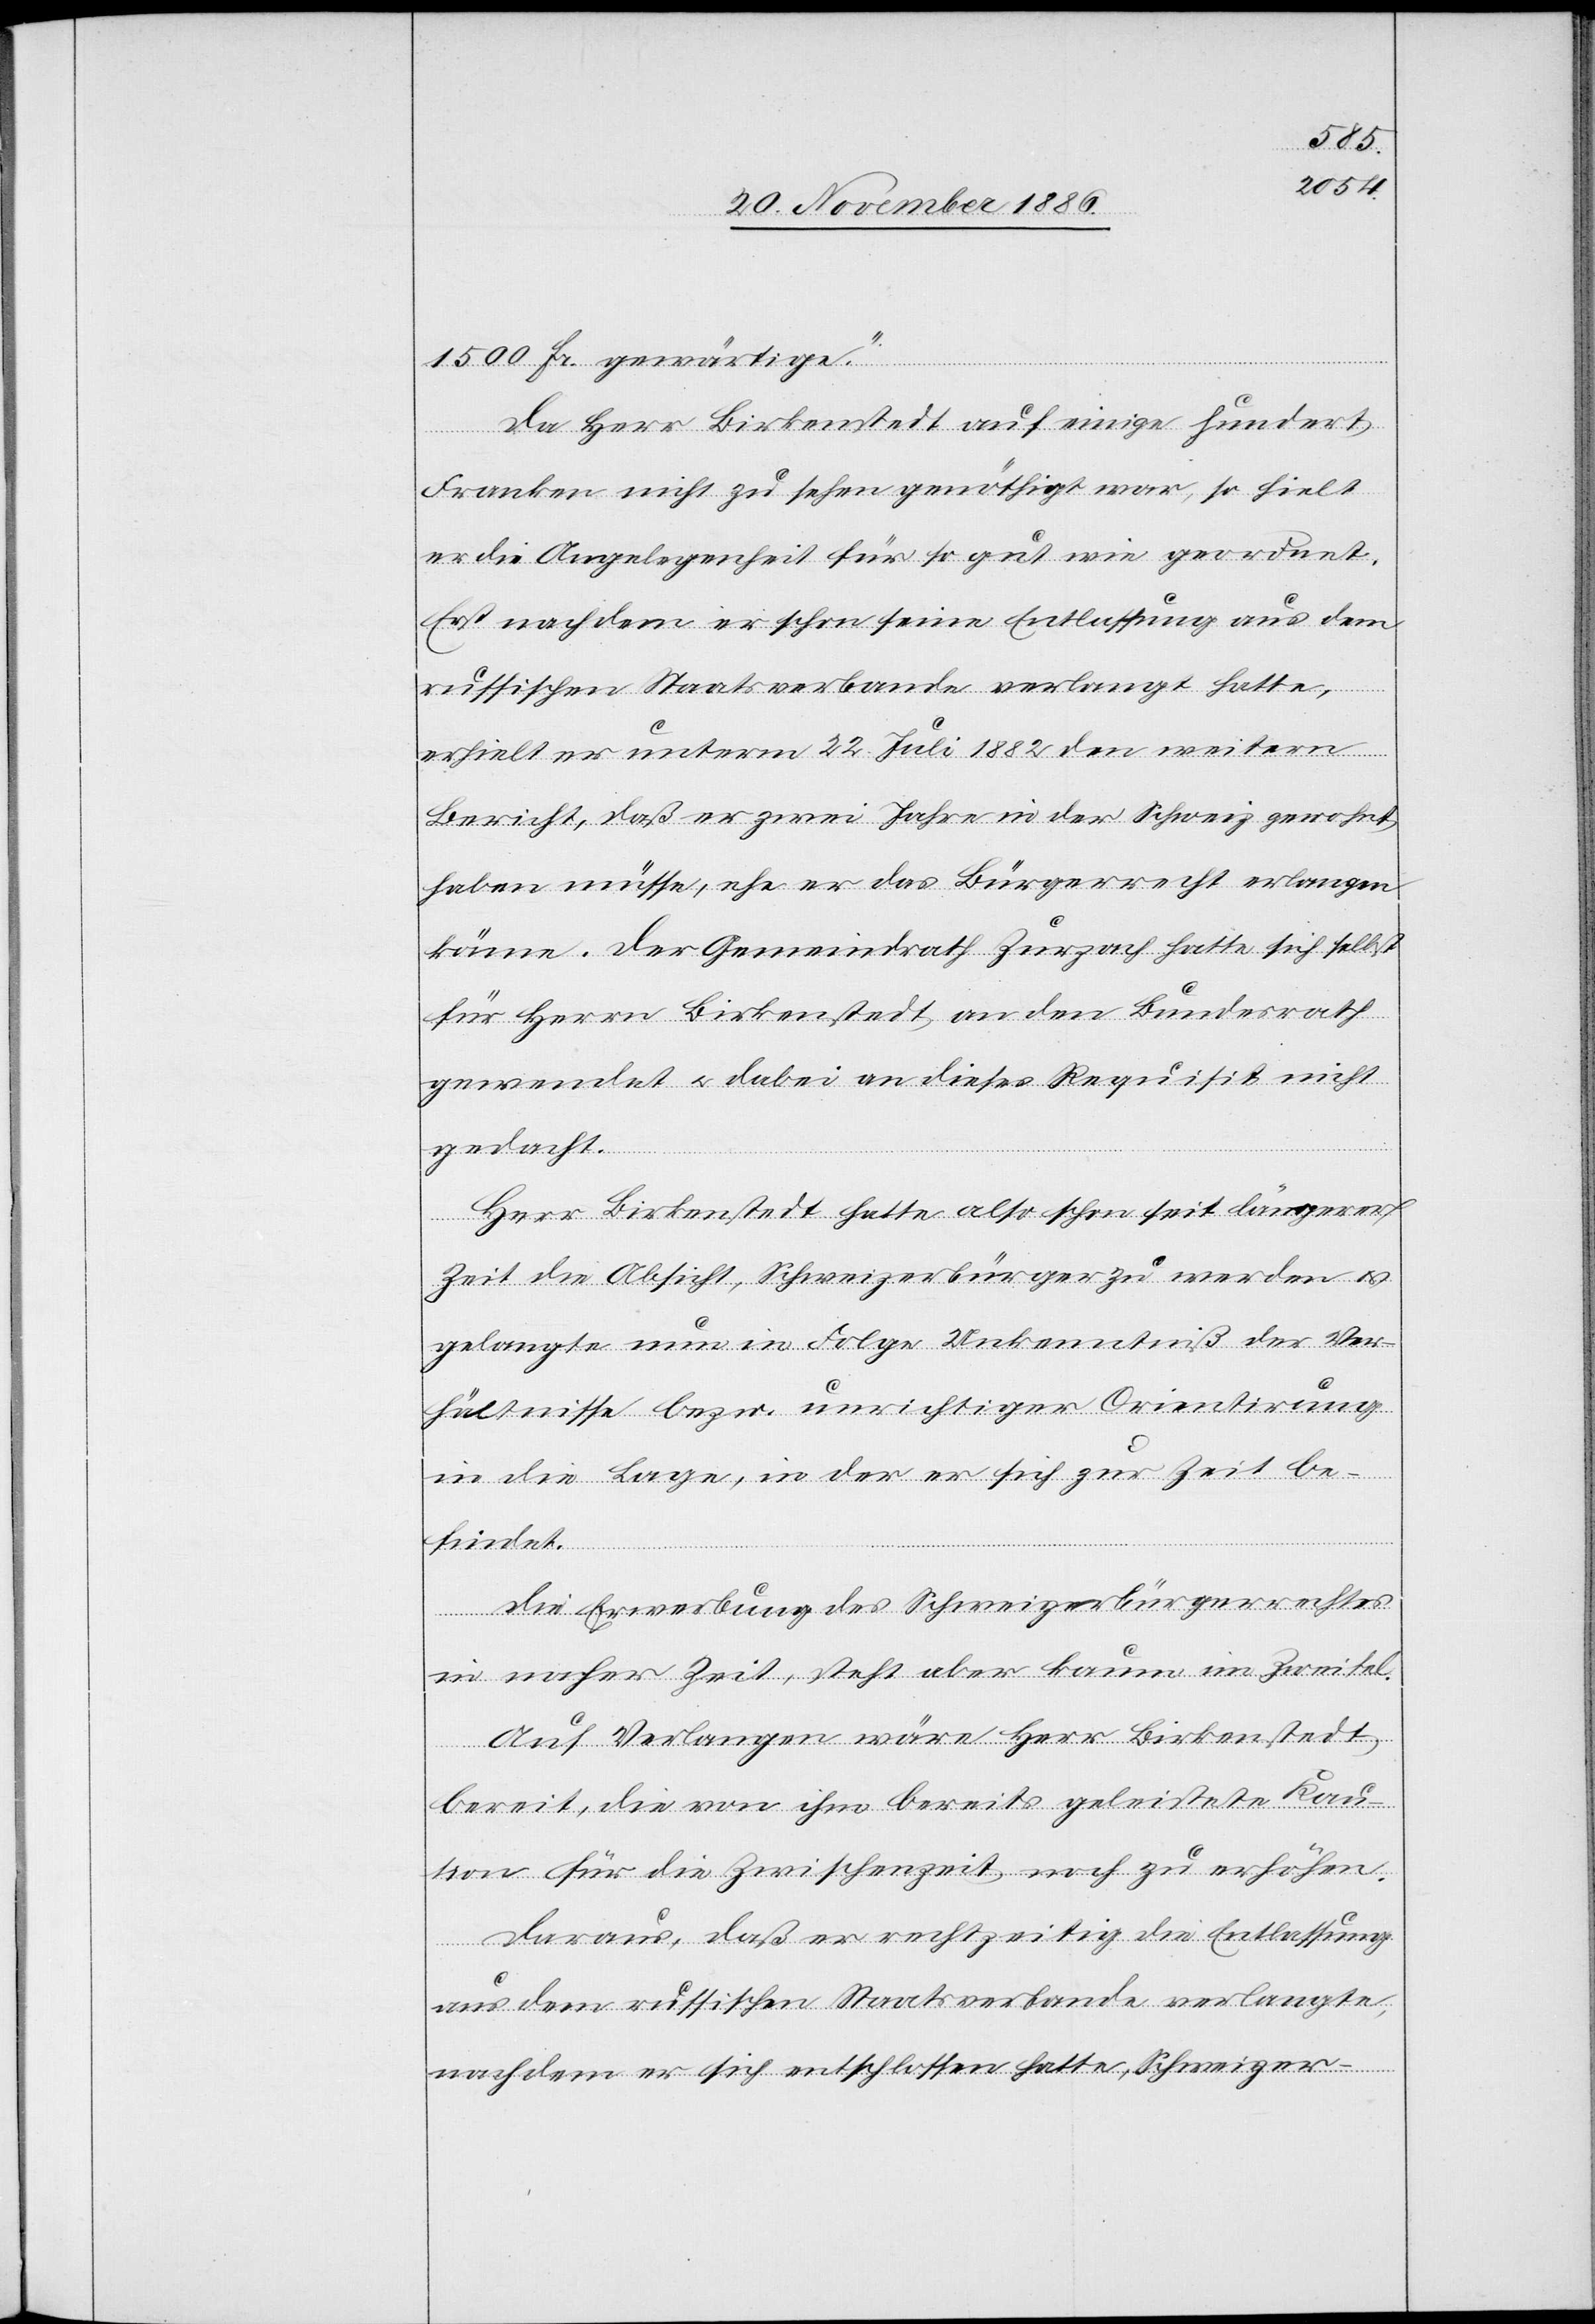
1500 Fr. gewärtige.“
Da Herr Birkenstedt auf einige hundert
Franken nicht zu sehen genöthigt war, so hielt
er die Angelegenheit für so gut wie geordnet.
Erst nachdem er schon seine Entlassung aus dem
russischen Staatsverbande verlangt hatte,
erhielt er unterm 22. Juli 1882 den weitern
Bericht, daß er zwei Jahre in der Schweiz gewohnt
haben müsse, ehe er das Bürgerrecht erlangen
könne. Der Gemeindrath Zurzach hatte sich selbst
für Herrn Birkenstedt an den Bundesrath
gewendet & dabei an dieses Requisit nicht
gedacht.
Herr Birkenstedt hatte also schon seit längerer
Zeit die Absicht, Schweizerbürger zu werden &
gelangte nun in Folge Unkenntniß der Ver¬
hältnisse bezw. unrichtiger Orientirung
in die Lage, in der er sich zur Zeit be¬
findet.
Die Erwerbung des Schweizerbürgerrechtes
in naher Zeit, steht aber kaum im Zweifel.
Auf Verlangen wäre Herr Birkenstedt
bereit, die von ihm bereits geleistete Kau¬
tion für die Zwischenzeit noch zu erhöhen.
Daraus, daß er rechtzeitig die Entlassung
aus dem russischen Staatsverbande verlangte,
nachdem er sich entschlossen hatte, Schweizer-